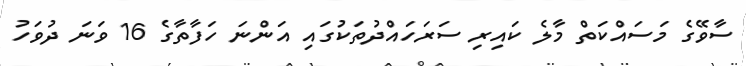
ސާވޭގެ މަސައްކަތް މާލެ ކައިރި ސަރަހައްދުތަކުގައި އަންނަ ހަފާތާގެ 16 ވަނަ ދުވަހު